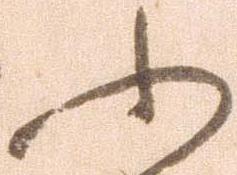
ふ